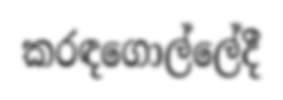
කරඳගොල්ලේදී